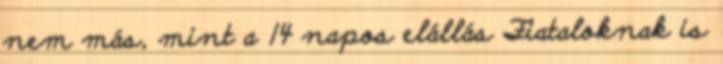
nem más, mint a 14 napos elállás Fiataloknak is